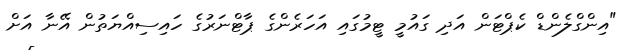
"އިންގްލެންޑް ކެޕްޓަން އަދި ގައުމީ ޓީމުގައި އަހަރެންގެ ޕާޓްނަރުގެ ހައިސިއްޔަތުން އޭނާ އަށް